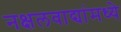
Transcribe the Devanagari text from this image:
नक्षलवाद्यांमध्ये